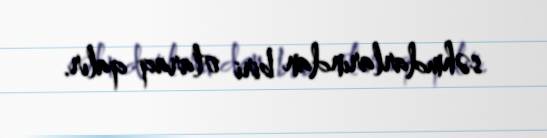
səhmdarlarından biri olaraq qalır.